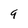
Character: g